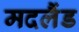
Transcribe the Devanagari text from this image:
मदलैंड